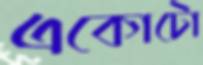
একোটো